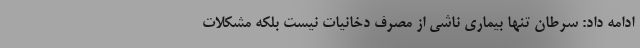
ادامه داد: سرطان تنها بیماری‌ ناشی از مصرف دخانیات نیست بلکه مشکلات